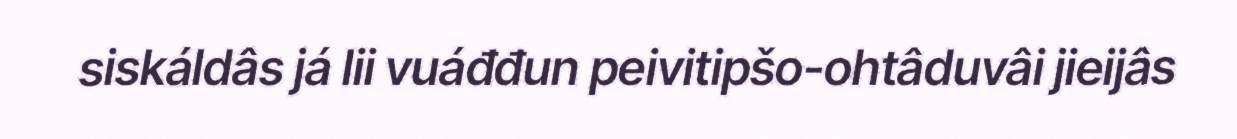
siskáldâs já lii vuáđđun peivitipšo-ohtâduvâi jieijâs